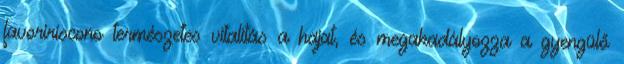
favoririscono természetes vitalitás a hajat, és megakadályozza a gyengülő